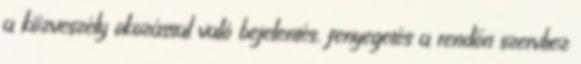
a közveszély okozással való bejelentés, fenyegetés a rendőri szervhez